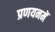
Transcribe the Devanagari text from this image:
प्रणयनमें